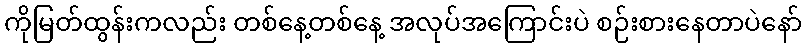
ကိုမြတ်ထွန်းကလည်း တစ်နေ့တစ်နေ့ အလုပ်အကြောင်းပဲ စဉ်းစားနေတာပဲနော်